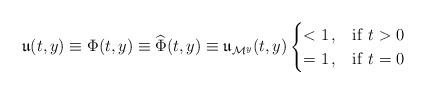
\begin{align*}\mathfrak{u}(t,y)\equiv \Phi(t,y) \equiv \widehat{\Phi}(t,y)\equiv \mathfrak{u}_{\mathcal{M}^y}(t,y)\begin{cases}<1\,, &\mathrm{if}\ t>0\\ =1\,, &\mathrm{if}\ t=0\end{cases}\end{align*}